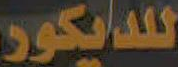
للديكور